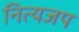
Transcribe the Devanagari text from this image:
नित्यजप